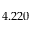
4 . 2 2 0